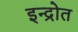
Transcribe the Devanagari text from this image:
इन्द्रोत